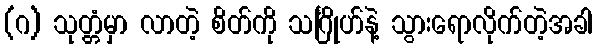
(ဂ) သုတ္တံမှာ လာတဲ့ စိတ်ကို သင်္ဂြိုဟ်နဲ့ သွားရောလိုက်တဲ့အခါ